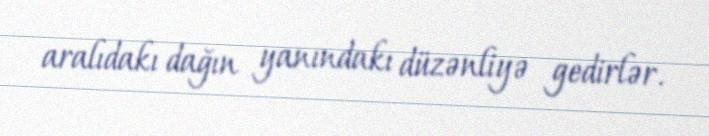
aralıdakı dağın yanındakı düzənliyə gedirlər.